Report on the working of the mental hospitals for Indians in Bihar and Orissa - 1925-1929
Year: 1925
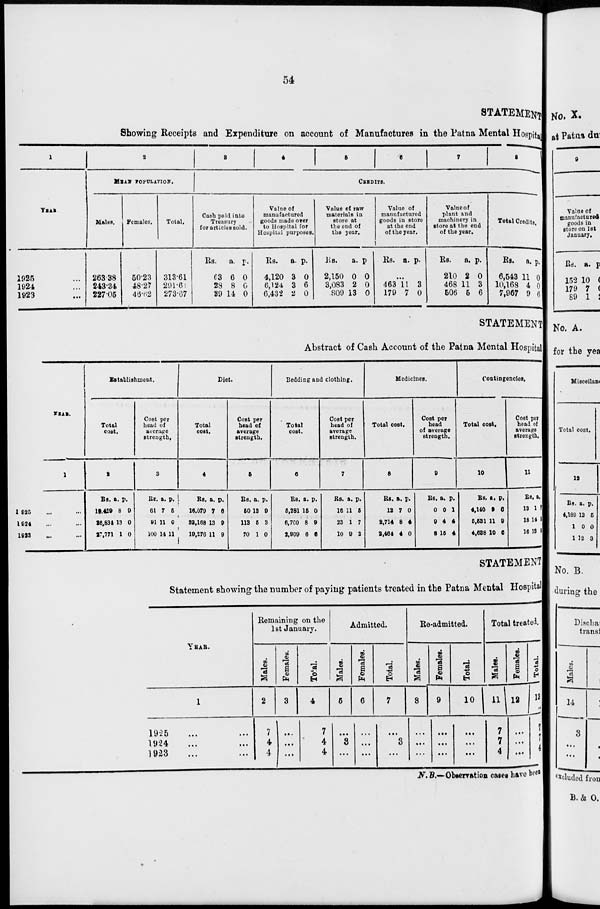
54
STATEMENT
Showing Receipts and Expenditure on account of Manufactures in the Patna Mental Hospital
1
YEAR.
1925 ...
1924 ...
1923 ...
2
MEAN POPULATION.
Males.
263.38
243.34
227.05
Females.
50.23
48.27
46.62
Total.
313.61
291.61
273.67
3
4
5
6
7
8
CREDITS.
Cash paid into
Treasury
for articles sold.
Rs.
63
28
39
a.
6
8
14
p.
0
0
0
Value of
manufactured
goods made over
to Hospital for
Hospital purposes.
Rs.
4,120
6,124
6,432
a.
3
3
2
p.
0
6
0
Value of raw
materials in
store at
the end of
the year.
Rs.
2,150
3,083
809
a.
0
2
13
p.
0
0
0
Value of
manufactured
goods in store
at the end
of the year.
Rs. a. p.
...
463
179
11
7
3
0
Value of
plant and
machinery in
store at the end
of the year.
Rs.
210
468
506
a.
2
11
5
p.
0
3
6
Total Credits.
Rs.
6,543
10,168
7,967
a.
11
4
9
p.
0
0
6
STATEMENT
Abstract of Cash Account of the Patna Mental Hospital
YEAR.
1
1925 ... ...
1924 ... ...
1923 ... ...
Establishment.
Total
cost.
2
Rs.
19,429
26,834
27,771
a.
8
13
1
p.
9
0
0
Cost per
head of
average
strength.
3
Rs.
61
91
100
a.
7
11
14
p.
5
0
11
Diet.
Total
cost.
4
Rs.
16,079
33,168
10,276
a.
7
13
11
p.
6
9
9
Cost per
head of
average
strength.
5
Rs.
50
113
70
a.
13
5
1
p.
9
3
0
Bedding and clothing.
Total
cost.
6
Rs.
5,281
6,760
2,909
a.
15
8
6
p.
0
9
6
Cost per
head of
average
strength.
7
Rs.
16
23
10
a.
11
1
9
p.
5
7
2
Medicines.
Total cost.
8
Rs.
12
2,714
2,464
a.
7
8
4
p.
0
4
0
Cost per
head
of average
strength.
9
Rs.
0
9
8
a.
0
4
15
p.
1
4
4
Contingencies.
Total cost.
10
Rs.
4,140
5,531
4,638
a.
9
11
10
p.
6
9
6
Cost per
head of
average
strength.
11
Rs.
13
18
16
a.
1
14
13
STATEMENT
Statement showing the number of paying patients treated in the Patna Mental Hospital
YEAR.
1
1925 ... ...
1924 ... ...
1923 ... ...
Remaining on the
1st January.
Males.
2
7
4
4
Females.
3
...
...
...
Total.
4
7
4
4
Admitted.
Males.
5
...
3
...
Females.
6
...
...
...
Total.
7
...
3
...
Re-admitted.
Males.
8
...
...
...
Females.
9
...
...
...
Total.
10
...
...
...
Total treated.
Males.
11
7
7
4
Females.
12
...
...
...
Total.
13
7
7
4
N.B.—Observation cases have been